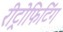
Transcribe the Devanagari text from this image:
रीट्रोफिटिंग